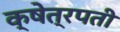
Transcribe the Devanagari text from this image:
क्षेत्रपती